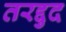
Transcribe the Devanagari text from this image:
तरद्दुद